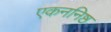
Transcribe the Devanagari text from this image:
एकननिष्ठ